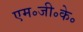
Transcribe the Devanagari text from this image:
एम॰जी॰के॰